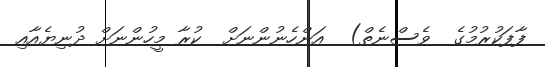
ފާފަކުރުމުގެ  ވެސްނެތް)  އަންހެނުންނަށް  ކުރާ މީހުންނަށް ދުނިޔެއާއި